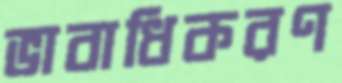
ভাবাধিকরণ